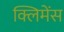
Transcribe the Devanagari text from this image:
क्लिमेंस